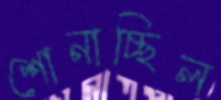
শোনাচ্ছিল